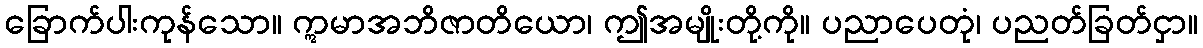
ခြောက်ပါးကုန်သော။ ဣမာအဘိဇာတိယော၊ ဤအမျိုးတို့ကို။ ပညာပေတုံ၊ ပညတ်ခြတ်ငှာ။